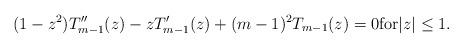
LaTeX: \begin{align*} (1-z^2)T_{m-1}''(z)-zT'_{m-1}(z)+(m-1)^2T_{m-1}(z)=0\mbox{for} |z| \le 1. \end{align*}